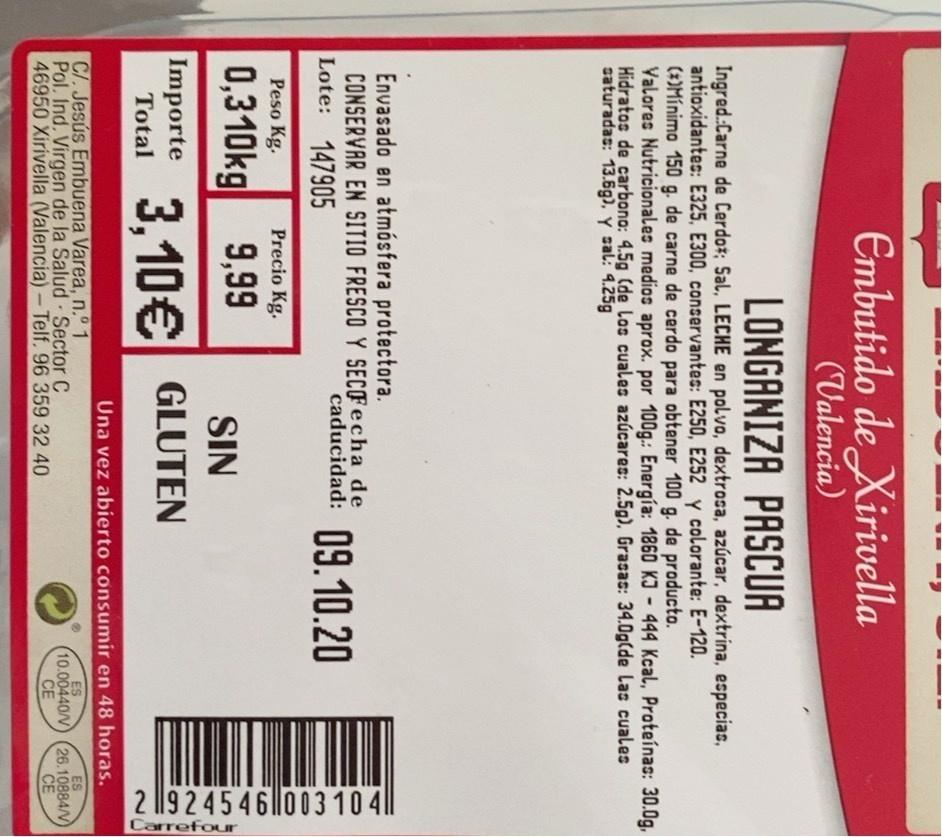
2 l9245 46|l003 10 ||
Carrefour
Embutido de Xirivella (Valencia)
LONGANIZA PASCUA
Ingred.:Carne de Cerdot; Sal, LECHE en polvo, dextrosa, azúcar, dextrina, especiac, antioxidantes: E325, E300, conservantes: E250, E252 y colorante: E-120. (*)Mínimo 150 g., de carne de cerdo para obtener 100 g. de producto. Valores Nutricionales medios aprox. por 100g.: Energía: 1860 KJ -444 Kcal, Proteínas: 30.0g, Hidratos de carbono: 4.5g (de los cuales azúcares: 2.5g), Grasac: 34.0g(de Las cuales saturadas: 13.6g), y sal: 4.25g
Envasado en atmósfera protectora. CONSERVAR EN SITIO FRESCO Y SECOF echa de Lote: 147905
caducidad: 09.10O.20
Peso Kg.
Precio Kg.
0,310kg 9,99 Importe 3.10€
SIN
GLUTEN
Total
Una vez abierto consumir en 48 horas.
C/. Jesús Embuena Varea, n.°1 Pol. Ind. Virgen de la Salud Sector C 46950 Xirivella (Valencia)- Telf. 96 359 32 40
ES 10.00440/V CE
ES 26.10884/V CE